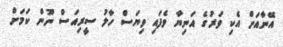
އޭނާއަށް އެކި ވަރުގެ އަނިޔާ ވެފައި ވިޔަސް ހާލު ސީރިއަސް ނޫން ކަމަށް